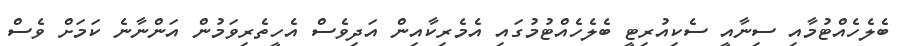
ބެލެހެއްޓުމާއި ސިނާއީ ސެކިއުރިޓީ ބެލެހެއްޓުމުގައި އެމެރިކާއިން އަދިވެސް އެހީތެރިވަމުން އަންނާނެ ކަމަށް ވެސް